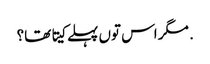
. مگر اس تو‏ں پہلے کیتا تھا؟